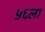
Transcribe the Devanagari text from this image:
५६ला